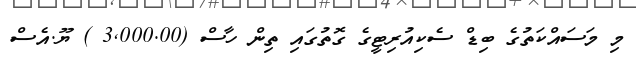
މި މަސައްކަތުގެ ބިޑް ސެކިއުރިޓީގެ ގޮތުގައި ތިން ހާސް (3